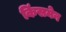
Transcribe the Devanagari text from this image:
किंसमेन